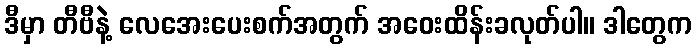
ဒီမှာ တီဗီနဲ့ လေအေးပေးစက်အတွက် အဝေးထိန်းခလုတ်ပါ။ ဒါတွေက